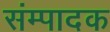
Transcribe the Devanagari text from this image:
संम्पादक